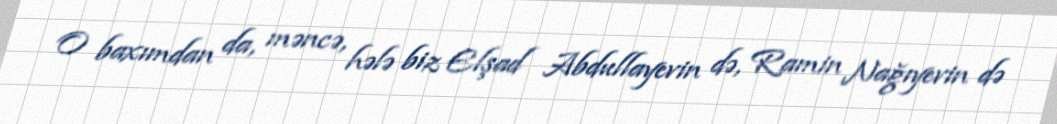
O baxımdan da, məncə, hələ biz Elşad Abdullayevin də, Ramin Nağıyevin də